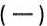
(一)